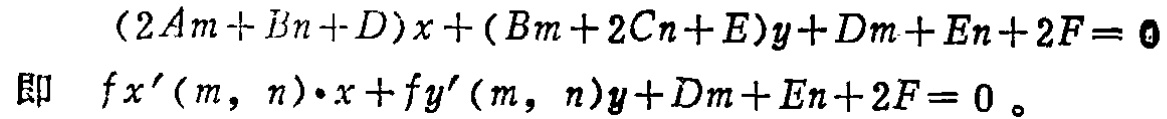
\((2Am + Bn+D)x + (Bm + 2Cn + E)y+Dm + En + 2F = 0\)
即 \( f_{x}'(m, n)\cdot x + f_{y}'(m, n)y+Dm + En + 2F = 0 \)。